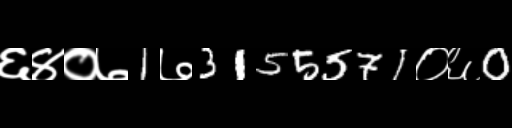
Text: ६४०७1७3155571०६0